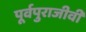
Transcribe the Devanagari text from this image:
पूर्वपुराजीवी